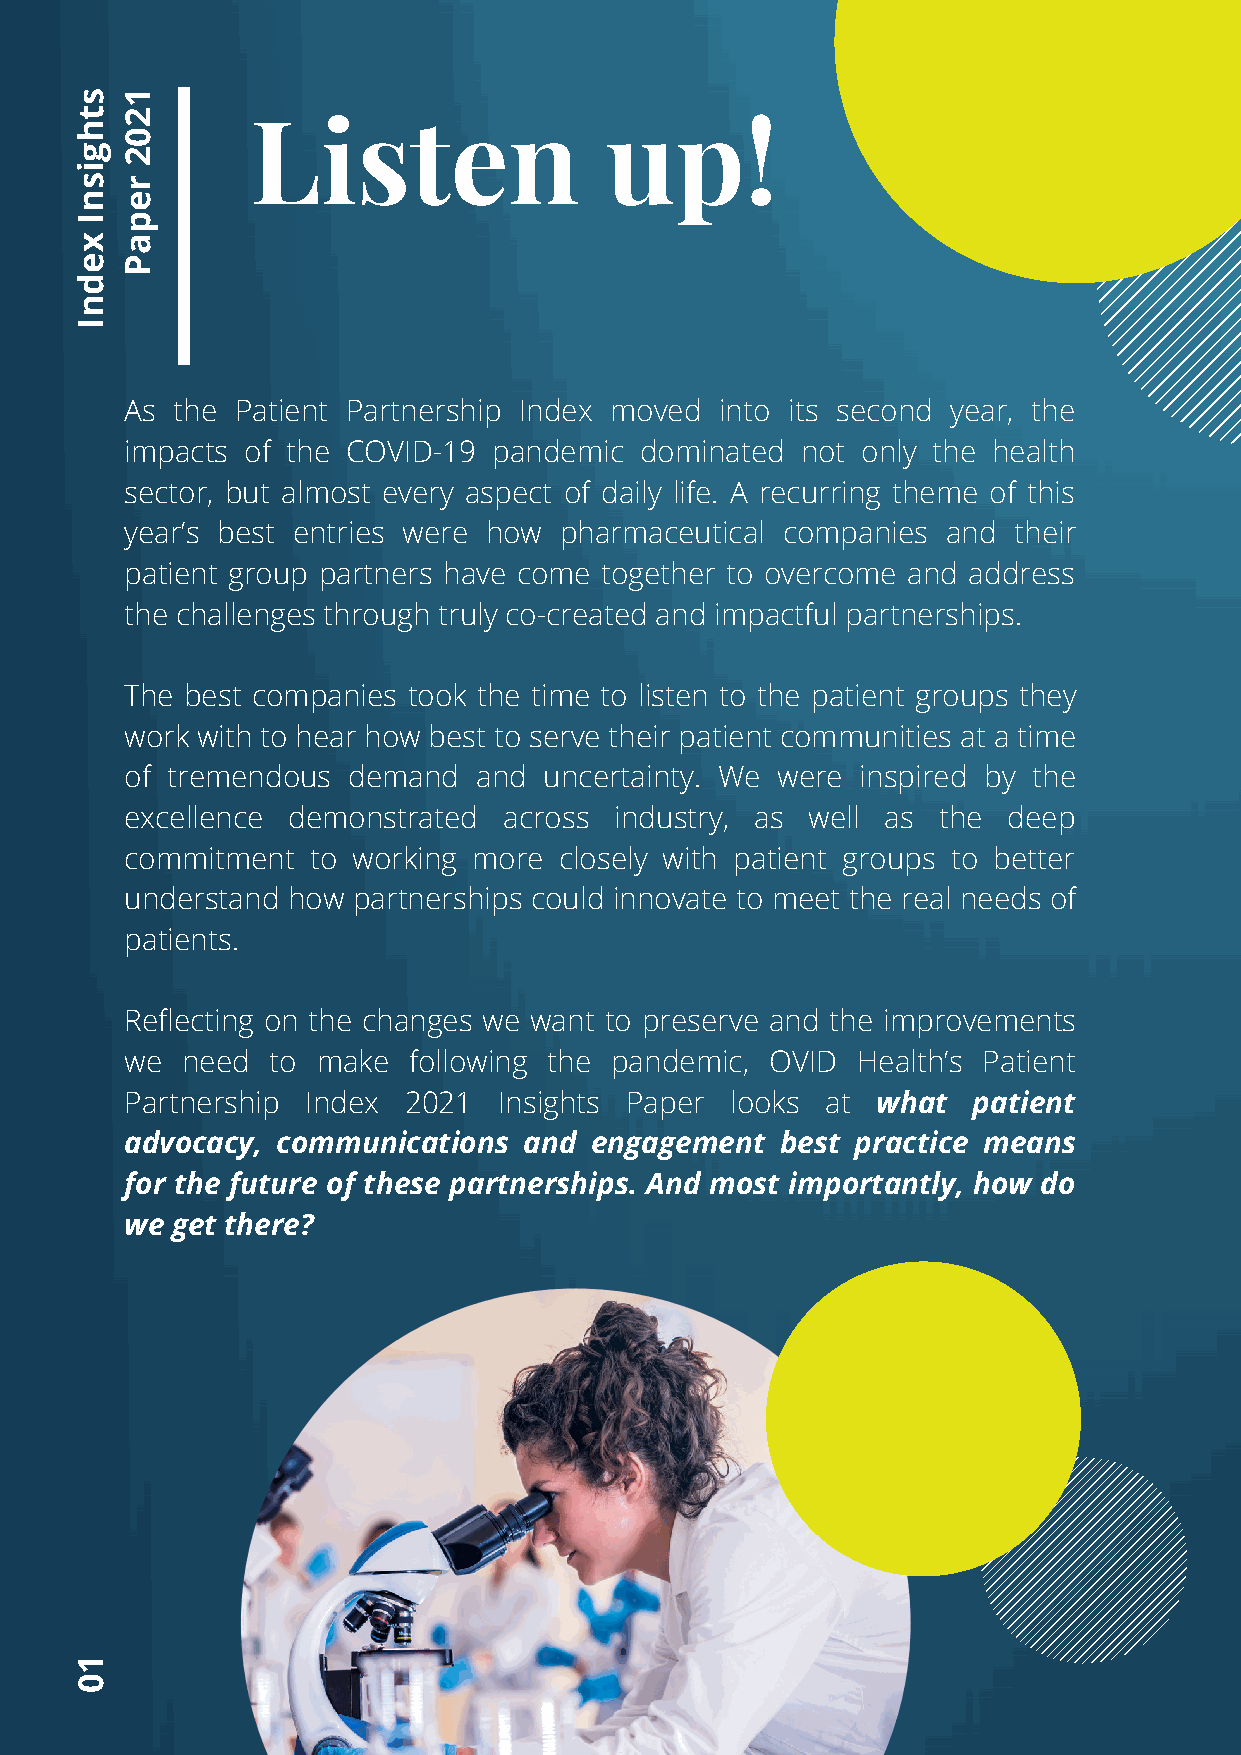
s  1
 t  2
 h           Listen                 up!
 0
 g  2
 si
 r
 n  e
 I  p
 x  a
 e  P
 d
 n
 I
 As the  Patient Partnership Index moved into its second year, the
 impacts of the COVID-19  pandemic dominated  not only the health
 sector, but almost every aspect of daily life. A recurring theme of this
 year’s best entries were how pharmaceutical companies  and their
 patient group partners have come together to overcome and address
 the challenges through truly co-created and impactful partnerships.
 The best companies took the time to listen to the patient groups they
 work with to hear how best to serve their patient communities at a time
 of tremendous  demand  and  uncertainty. We were inspired by the
 excellence demonstrated  across  industry, as well as the  deep
 commitment   to working more closely with patient groups to better
 understand how partnerships could innovate to meet the real needs of
 patients.
 Reflecting on the changes we want to preserve and the improvements
 we  need  to make  following the pandemic, OVID  Health’s Patient
 Partnership Index  2021  Insights Paper looks  at what  patient
 advocacy, communications   and engagement   best practice means
 for the future of these partnerships. And most importantly, how do
 we get there?
 1
 0